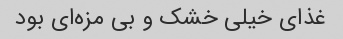
غذای خیلی خشک و بی مزه‌ای بود